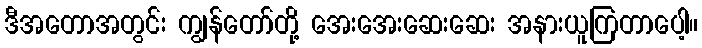
ဒီအတောအတွင်း ကျွန်တော်တို့ အေးအေးဆေးဆေး အနားယူကြတာပေါ့။